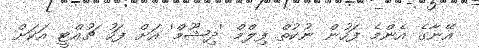
އޭނާގެ އެންމެ ފަހުން ނުކުތް ފިލްމް 'ދިޝޫމް' އަށް ފަހު ޗުއްޓީ އަކަށް